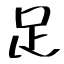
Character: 足